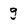
Character: g